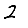
Digit: 2